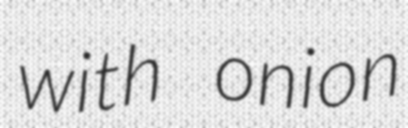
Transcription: with onion